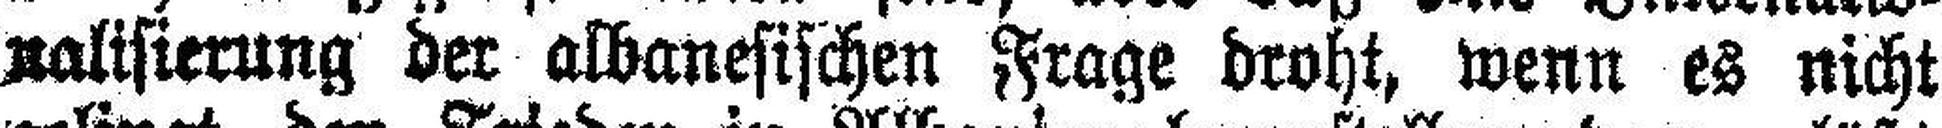
nalisierung der albanesischen Frage droht, wenn es nicht